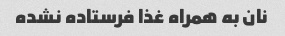
نان به همراه غذا فرستاده نشده